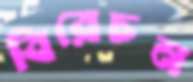
বিরেচন